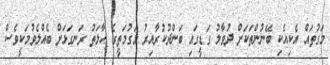
މަގުތައް އެކިއެކި ބޭނުންތަކަށް ދުވާލު ގަޑީގައި ބަންދުކުރާއިރު މަގުމަތީގެ ހާލަތު ރަނގަޅަށް ބެއްލެވުމަކީވެސް